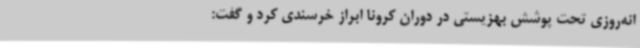
انه‌روزی تحت پوشش بهزیستی در دوران کرونا ابراز خرسندی کرد و گفت: